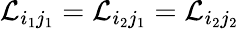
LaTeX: {\cal L}_{i_{1}j_{1}}={\cal L}_{i_{2}j_{1}}={\cal L}_{i_{2}j_{2}}